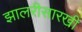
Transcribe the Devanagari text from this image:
झालरीसारखी